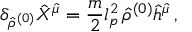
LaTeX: \delta _ { { \hat { \rho } } ^ { ( 0 ) } } { \hat { X } } ^ { \hat { \mu } } = \frac { m } { 2 } l _ { p } ^ { 2 } \, { \hat { \rho } } ^ { ( 0 ) } { \hat { h } } ^ { \hat { \mu } } \, ,